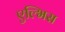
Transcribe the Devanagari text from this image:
एल्भिस